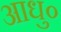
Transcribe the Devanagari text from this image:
आधु०